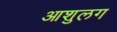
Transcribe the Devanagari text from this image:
आशुलग